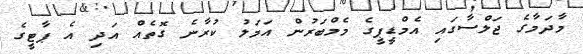
މާދަމާގެ ޖަލްސާގައި އެމްޑީޕީގެ މެމްބަރުން އަމަލު ކުރާނެ ގޮތެއް އަދި އެ ޕާޓީގެ